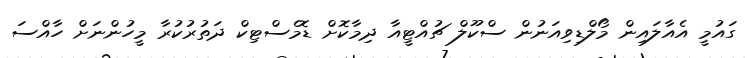
ގައުމީ އެއާލައިން މޯލްޑިވިއަނުން ސްކޫލް ޗުއްޓީއާ ދިމާކޮށް ޑޮމެސްޓިކް ދަތުރުކުރާ މީހުންނަށް ހާއްސަ